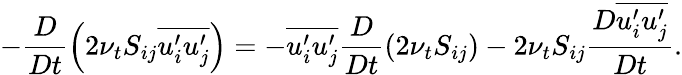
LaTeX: -\frac{D}{Dt}\left(2\nu_{t}S_{ij}\overline{{u_{i}^{\prime}u_{j}^{\prime}}}\right)=-\overline{{u_{i}^{\prime}u_{j}^{\prime}}}\frac{D}{Dt}\left(2\nu_{t}S_{ij}\right)-2\nu_{t}S_{ij}\frac{D\overline{{u_{i}^{\prime}u_{j}^{\prime}}}}{Dt}.